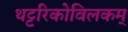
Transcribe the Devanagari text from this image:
थट्टरिकोविलकम्